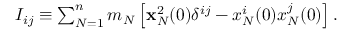
\begin{array} { r } { I _ { i j } \equiv \sum _ { N = 1 } ^ { n } m _ { N } \left[ { \bf x } _ { N } ^ { 2 } ( 0 ) \delta ^ { i j } - x _ { N } ^ { i } ( 0 ) x _ { N } ^ { j } ( 0 ) \right] . } \end{array}